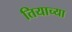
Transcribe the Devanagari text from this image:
तियाच्या